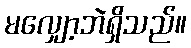
မလျှော့ဘဲရှိသည်။